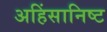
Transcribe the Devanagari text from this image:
अहिंसानिष्ट